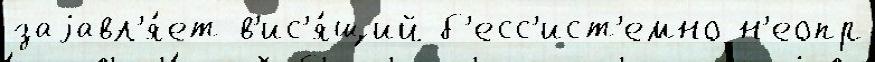
заjавл'я́ет в'ис'я́щий б'есс'ист'емно н'еопр